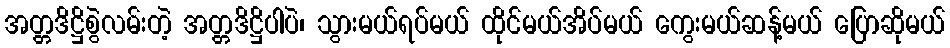
အတ္တဒိဋ္ဌိစွဲလမ်းတဲ့ အတ္တဒိဋ္ဌိပါပဲ၊ သွားမယ်ရပ်မယ် ထိုင်မယ်အိပ်မယ် ကွေးမယ်ဆန့်မယ် ပြောဆိုမယ်